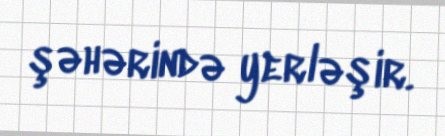
şəhərində yerləşir.